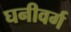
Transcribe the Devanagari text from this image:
घनीवर्ग